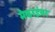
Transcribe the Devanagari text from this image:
मैकाईवर